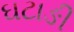
ઘટાઙી